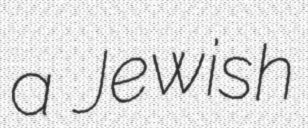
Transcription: a Jewish